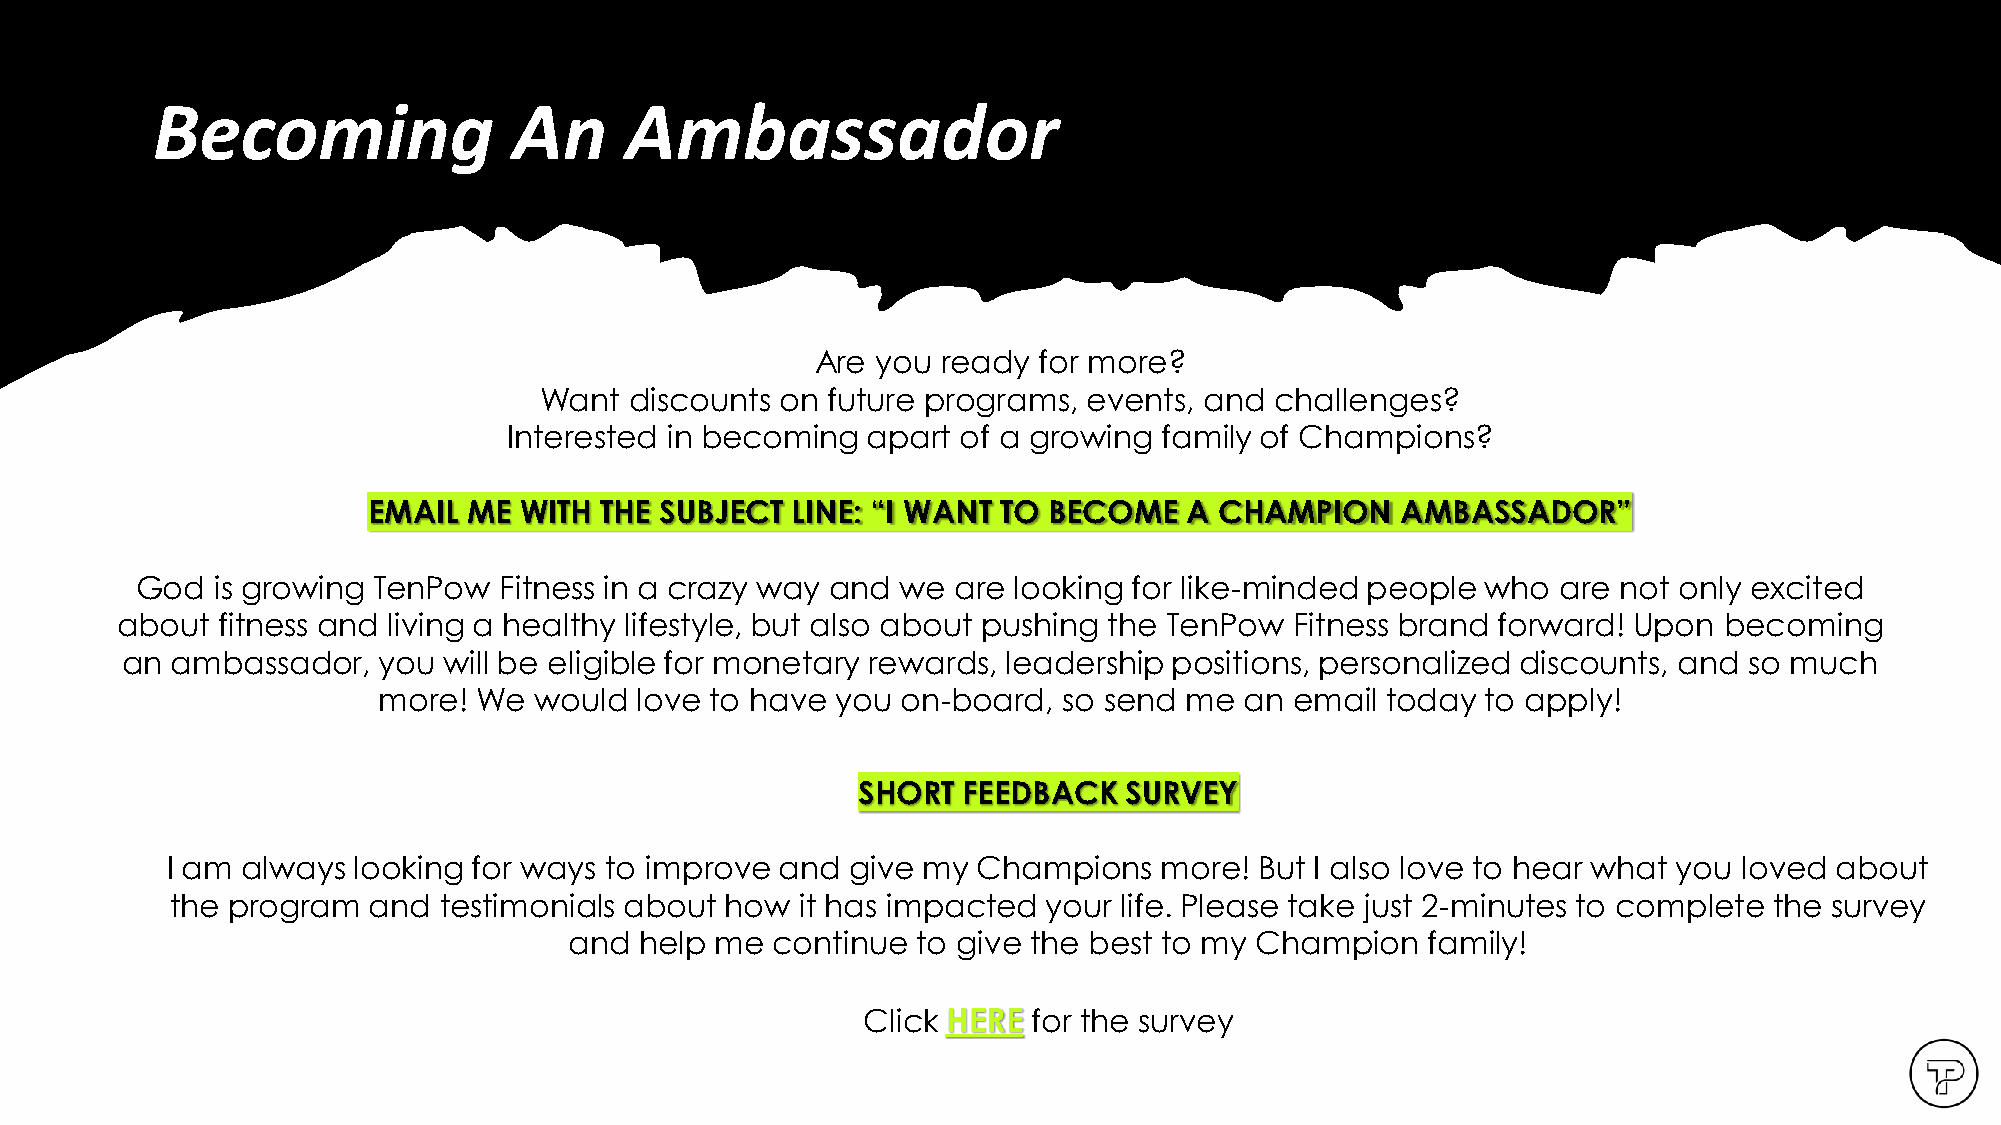
Copyright TenpowFitness Ltd. Co.
 Becoming                An     Ambassador
 Are you ready  for more?
 Want  discounts on future programs, events, and challenges?
 Interested in becoming apart  of a growing family of Champions?
 EMAIL  ME WITH  THE SUBJECT LINE: “I WANT TO BECOME    A CHAMPION    AMBASSADOR”
 God  is growing TenPow  Fitness in a crazy way and we are looking for like-minded people who  are not only excited
 about fitness and living a healthy lifestyle, but also about pushing the TenPow Fitness brand forward! Upon becoming
 an ambassador,   you will be eligible for monetary rewards, leadership positions, personalized discounts, and so much
 more! We  would  love to have you  on-board, so send me  an  email today to apply!
 SHORT  FEEDBACK  SURVEY
 I am always looking for ways to improve  and give my  Champions   more! But I also love to hear what you loved about
 the program  and  testimonials about how  it has impacted your life. Please take just 2-minutes to complete the survey
 and help me  continue  to give the best to my Champion  family!
 Click HERE for the survey